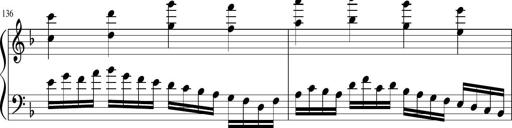
Title: Sonatina in F major
Composer: Ethan Ngo
Key: F major